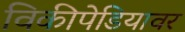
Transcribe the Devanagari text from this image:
विकीपेडियावर